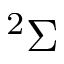
^ 2 \Sigma